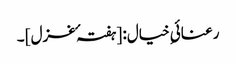
رعنائیِ خیال: [ہفتہ ٴ غزل] ۔